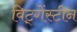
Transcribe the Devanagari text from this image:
विट्गेंस्टीन